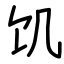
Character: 饥